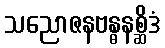
သညောဇနဗန္ဓနစ္ဆိဒံ